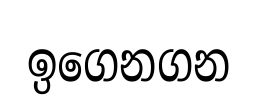
ඉගෙනගන